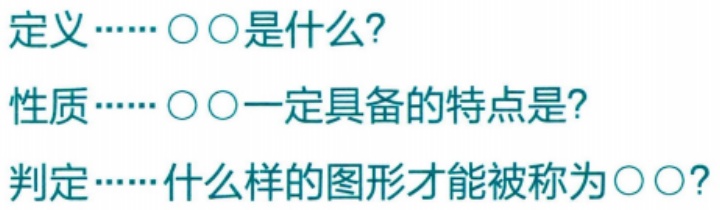
定义......〇〇是什么?

性质......〇〇一定具备的特点是?

判定......什么样的图形才能被称为〇〇?